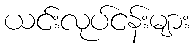
ယင်းလုပ်ငန်းများ